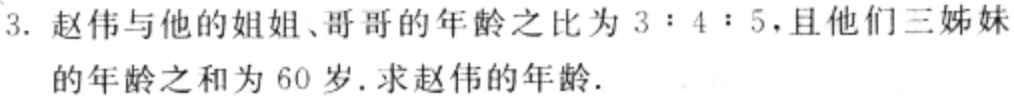
3. 赵伟与他的姐姐、哥哥的年龄之比为 \(3:4:5\)，且他们三姊妹的年龄之和为 \(60\)岁. 求赵伟的年龄.